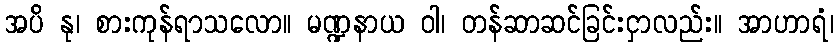
အပိ နု၊ စားကုန်ရာသလော။ မဏ္ဍနာယ ဝါ၊ တန်ဆာဆင်ခြင်းငှာလည်း။ အာဟာရံ၊